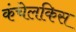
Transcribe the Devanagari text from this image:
कंचेलकिस